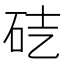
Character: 𥑄